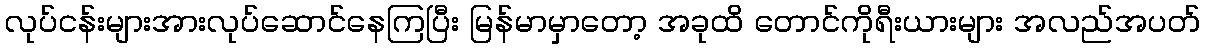
လုပ်ငန်းများအားလုပ်ဆောင်နေကြပြီး မြန်မာမှာတော့ အခုထိ တောင်ကိုရီးယားများ အလည်အပတ်